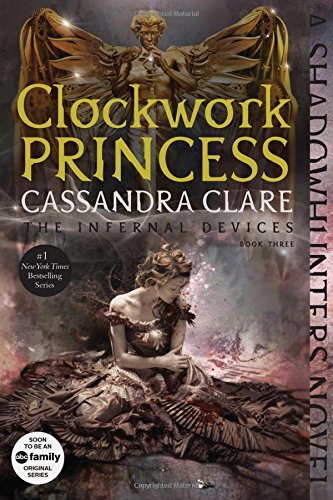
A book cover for Clockwork Princess (The Infernal Devices); Cassandra Clare; Teen & Young Adult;